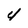
Character: 4